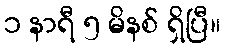
၁ နာရီ ၅ မိနစ် ရှိပြီ။